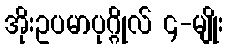
အိုးဥပမာပုဂ္ဂိုလ် ၄-မျိုး